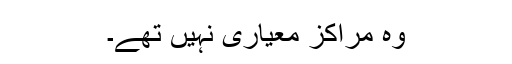
وہ مراکز معیاری نہیں تھے۔